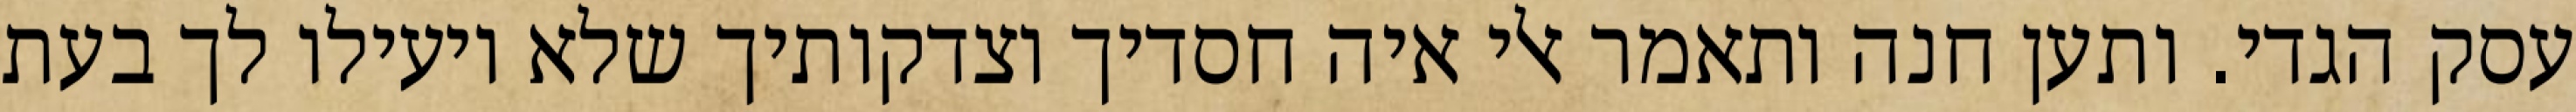
עסק הגדי. ותען חנה ותאמר אלי איה חסדיך וצדקותיך שלא יועילו לך בעת